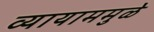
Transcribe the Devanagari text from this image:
व्यायाममुळे